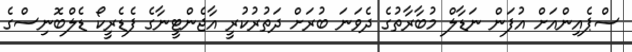
ސްޕެއިންއަށް އުފަން ނަޑާލް މުބާރާތުގެ ދެވަނަ ބުރަށް ދަތުރުކުރީ އާޖެންޓީނާގެ ފެޑެރީކޯ ޑެލްބޮނިސްގެ